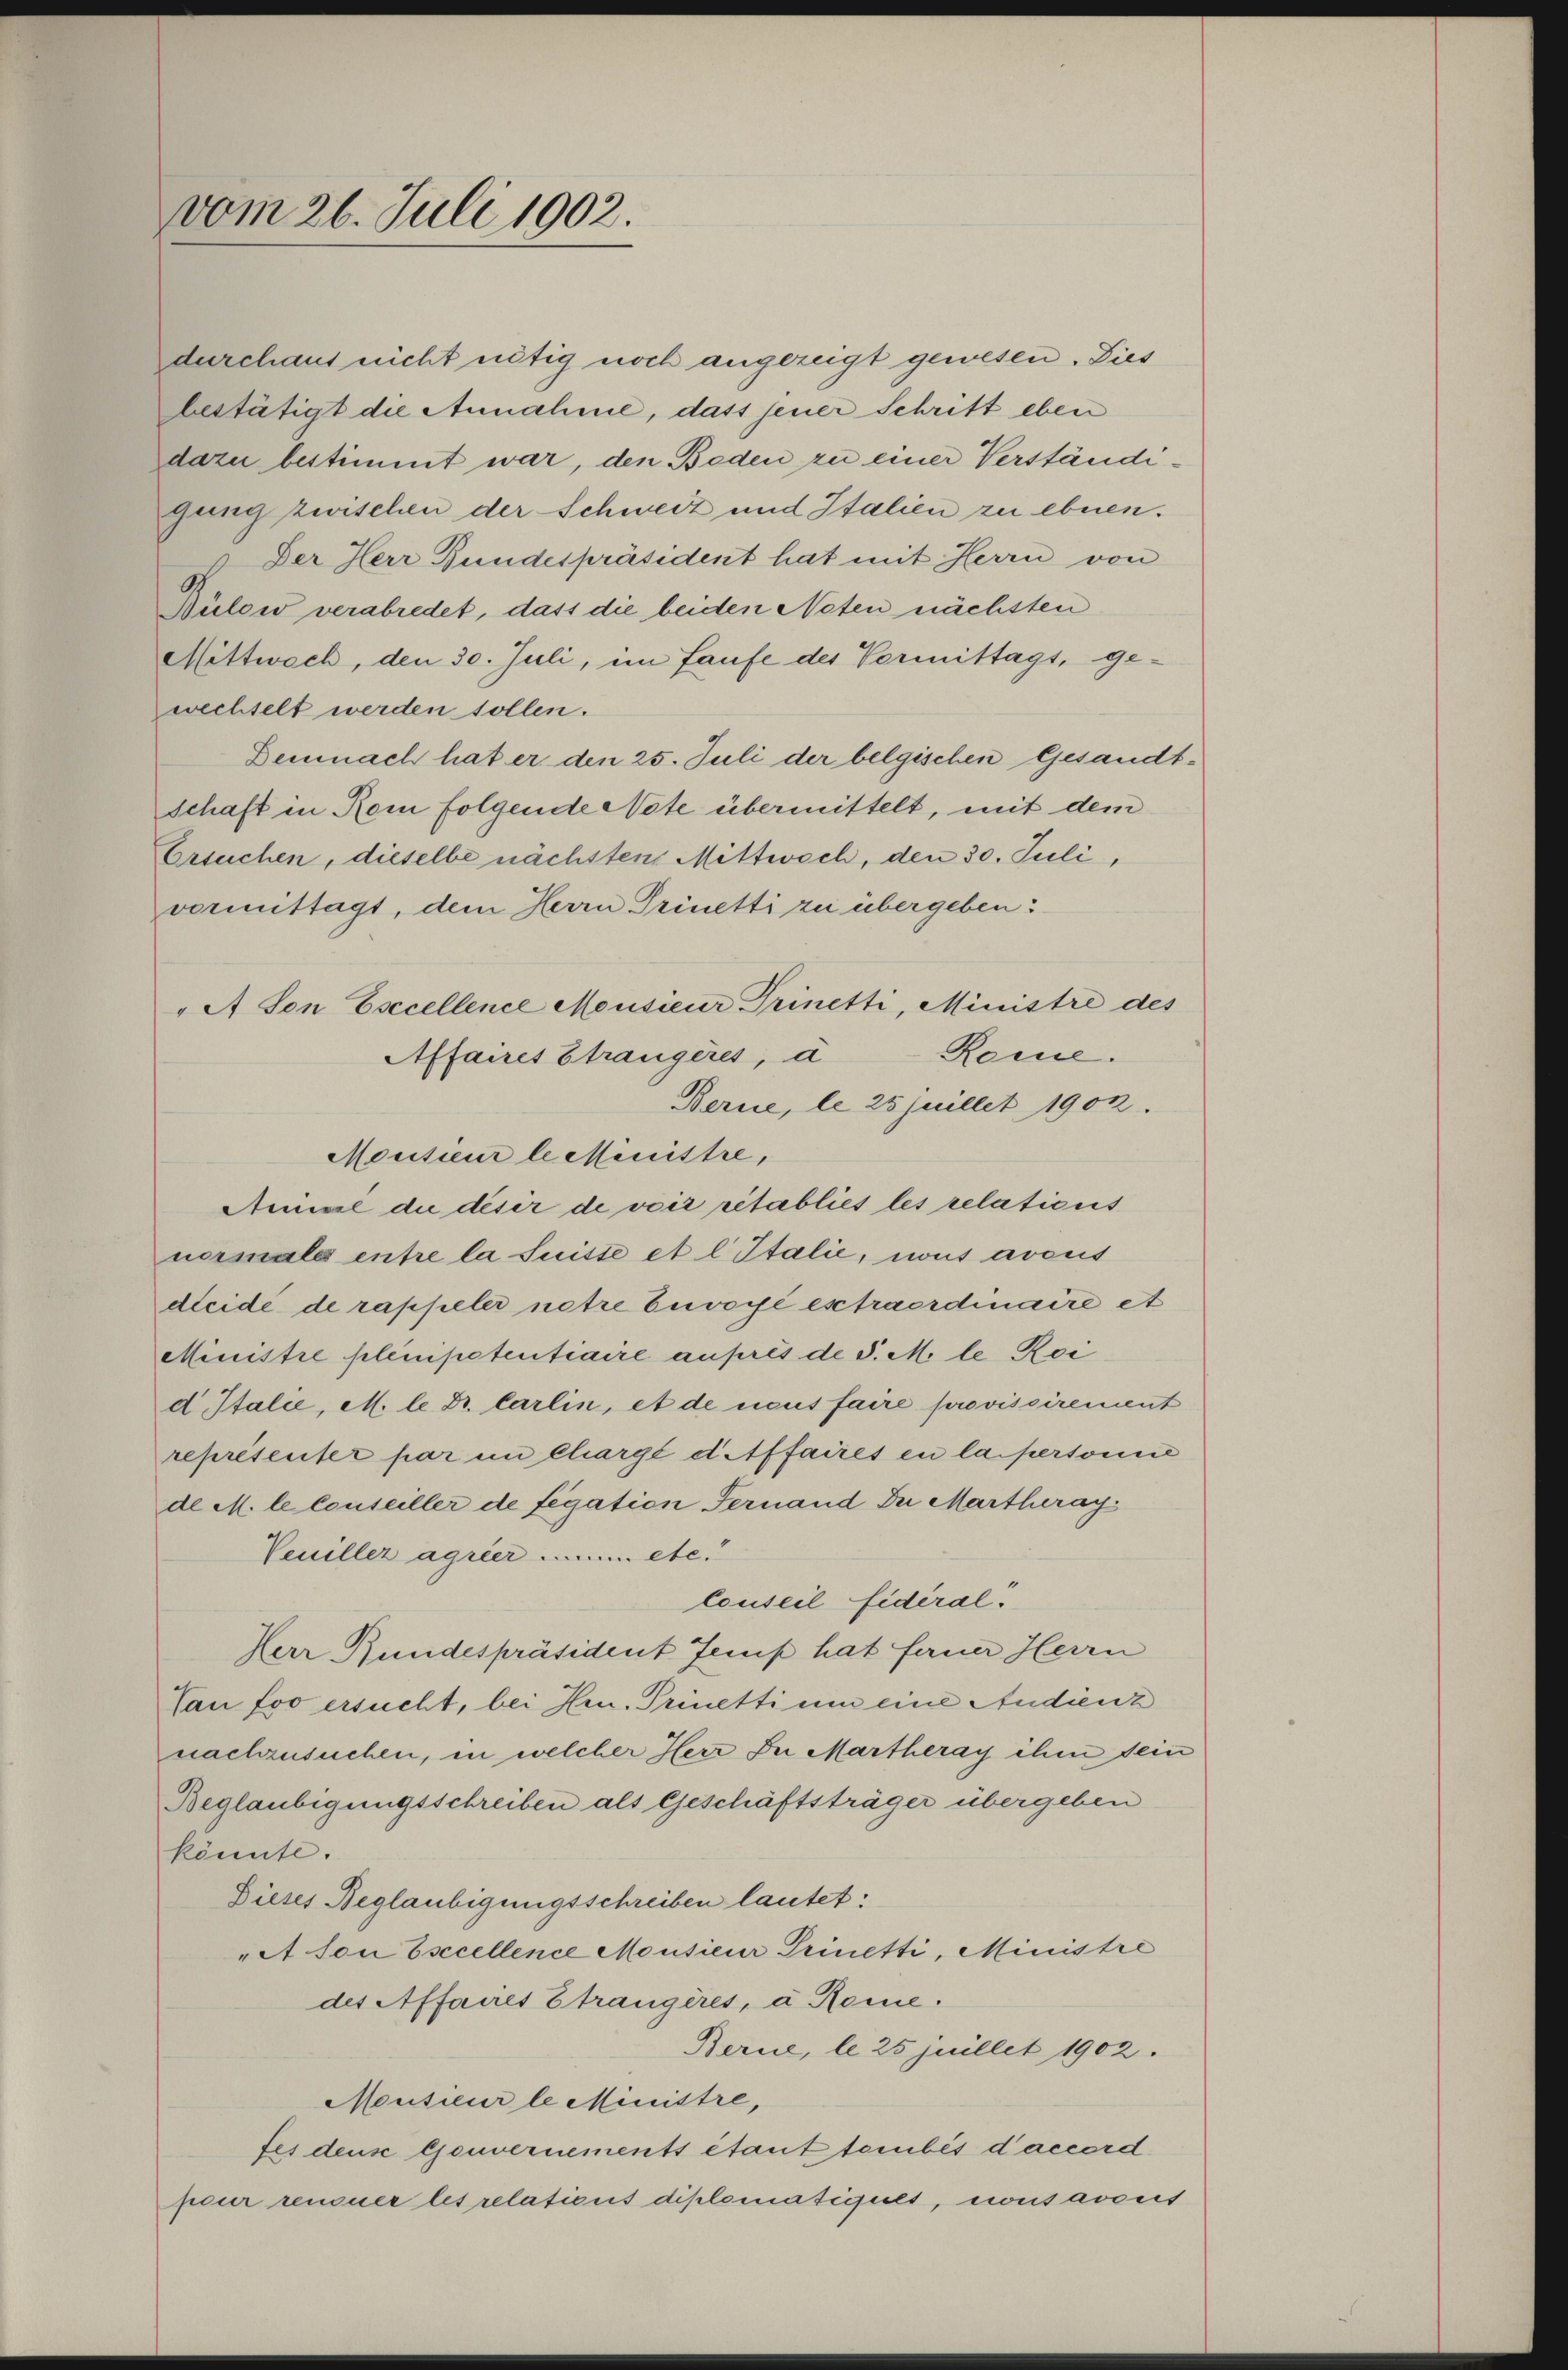
vom 26. Juli 1902.

durchaus nicht nötig noch angezeigt gewesen. Dies
bestätigt die Annahme, dass jener Schritt eben
dazu bestimmt war, den Beden zu einer Verständigung zwischen der Schweiz und Italien zu ebnen.
Der Herr Bundespräsident hat mit Herrn von
Bülow verabredet, dass die beiden Neten nächsten
Mittwoch, den 30. Juli, im Laufe des Vermittags, ge-
wechselt werden sollen.
Demnach hat er den 25. Juli der belgischen Gesandtschaft in Rom folgende Note übermittelt, mit dem
Ersuchen, dieselbe nächstens Mittwoch, den 30. Juli,
vormittagt, dem Herrn Prinetti zu übergeben:
"A Von Esccellence Mousieur Trinetti, Ministre des
Reme.
Affaires Strangères, à
Berne, le 25 juillet 1902.
Mousieur le Ministre,
Annie du désir de voir rétablies les relaticus
normals entre la Suisse et l Italie, nous aveus
dleide de rappeler netze Euvoyé estraordinaire et
Ministre plenipetentiaire auprès de P. M. le Rei
d Italie, M. le Dr. Carlin, et de ricus faire provisoirement
représenter par in Chargé et Affaires en la pertonie
de M. le conseiller de fegation Fernand zu Martheray
Veuiller agrier nun etc.
Conseil fidéral
Herr Bundespräsident Jemp hat ferner Herrn
Tau foo ersucht, bei Hrn. Prinetti um eine Audienz
nachzusuchen, in welcher Herz In Martheray ihm sein
Beglaubigungsschreiben als Geschäftsträger übergeben
könnte.
Dieses Beglaubigungsschreiben lautet:
et son Esccellence Mousieur Prinetti, Ministre
des Affaires Strangères, a Reme.
Berne, le 25 Juillet 1902.
Meusieur le Ministre,
fes deus Gouvernements étant tombés d’accord
peur renoner les relaticus diplomatiques, consavous